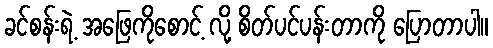
ခင်စန်းရဲ့ အဖြေကိုစောင့် လို့ စိတ်ပင်ပန်းတာကို ပြောတာပါ။